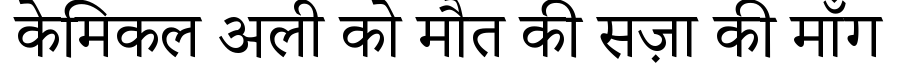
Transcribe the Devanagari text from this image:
केमिकल अली को मौत की सज़ा की माँग